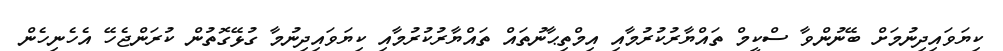
ކިޔަވައިދިނުމަށް ބޭނުންވާ ސްކީމް ތައްޔާރުކުރުމާއި އިމްތިޙާނުތައް ތައްޔާރުކުރުމާއި ކިޔަވައިދިނުމާ ގުޅޭގޮތުން ކުރަންޖެހޭ އެހެނިހެން